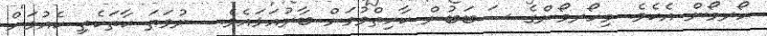
ހޯރމޯން އެކެވެ. މިހޯރމޯންގެ ސަބަބުން ކާހިތްވުމަށް ބާރުއަޅައެވެ.  ނުވަތަ ކާތަކެތި ކެއުމަށް